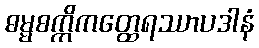
ဓမ္မစက္ကိကတ္ထေရဿာပဒါနံ